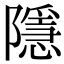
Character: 隱